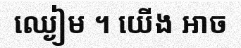
ឈ្ងៀម ។ យើង អាច